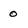
Character: 0